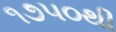
૧૭૫૦થી